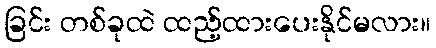
ခြင်း တစ်ခုထဲ ထည့်ထားပေးနိုင်မလား။